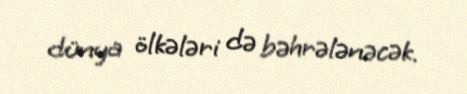
dünya ölkələri də bəhrələnəcək.